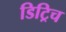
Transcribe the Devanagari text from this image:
डिट्रिच